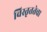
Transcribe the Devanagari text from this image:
विस्तृततेचा